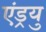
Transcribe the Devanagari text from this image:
एंड्रयु